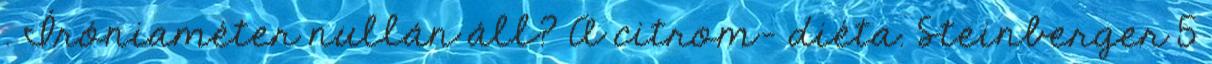
. Íróniaméter nullán áll? A citrom- diéta. Steinberger 5